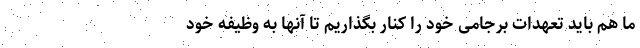
ما هم باید تعهدات برجامی خود را کنار بگذاریم تا آنها به وظیفه خود